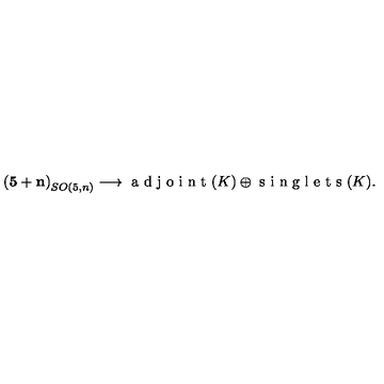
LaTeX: \mathbf { ( 5 + n ) } _ { S O ( 5 , n ) } \longrightarrow \textrm { a d j o i n t } ( K ) \oplus \textrm { s i n g l e t s } ( K ) .